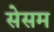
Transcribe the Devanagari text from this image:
सेसम